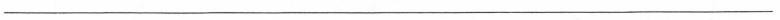
___